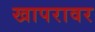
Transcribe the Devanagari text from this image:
खापरावर